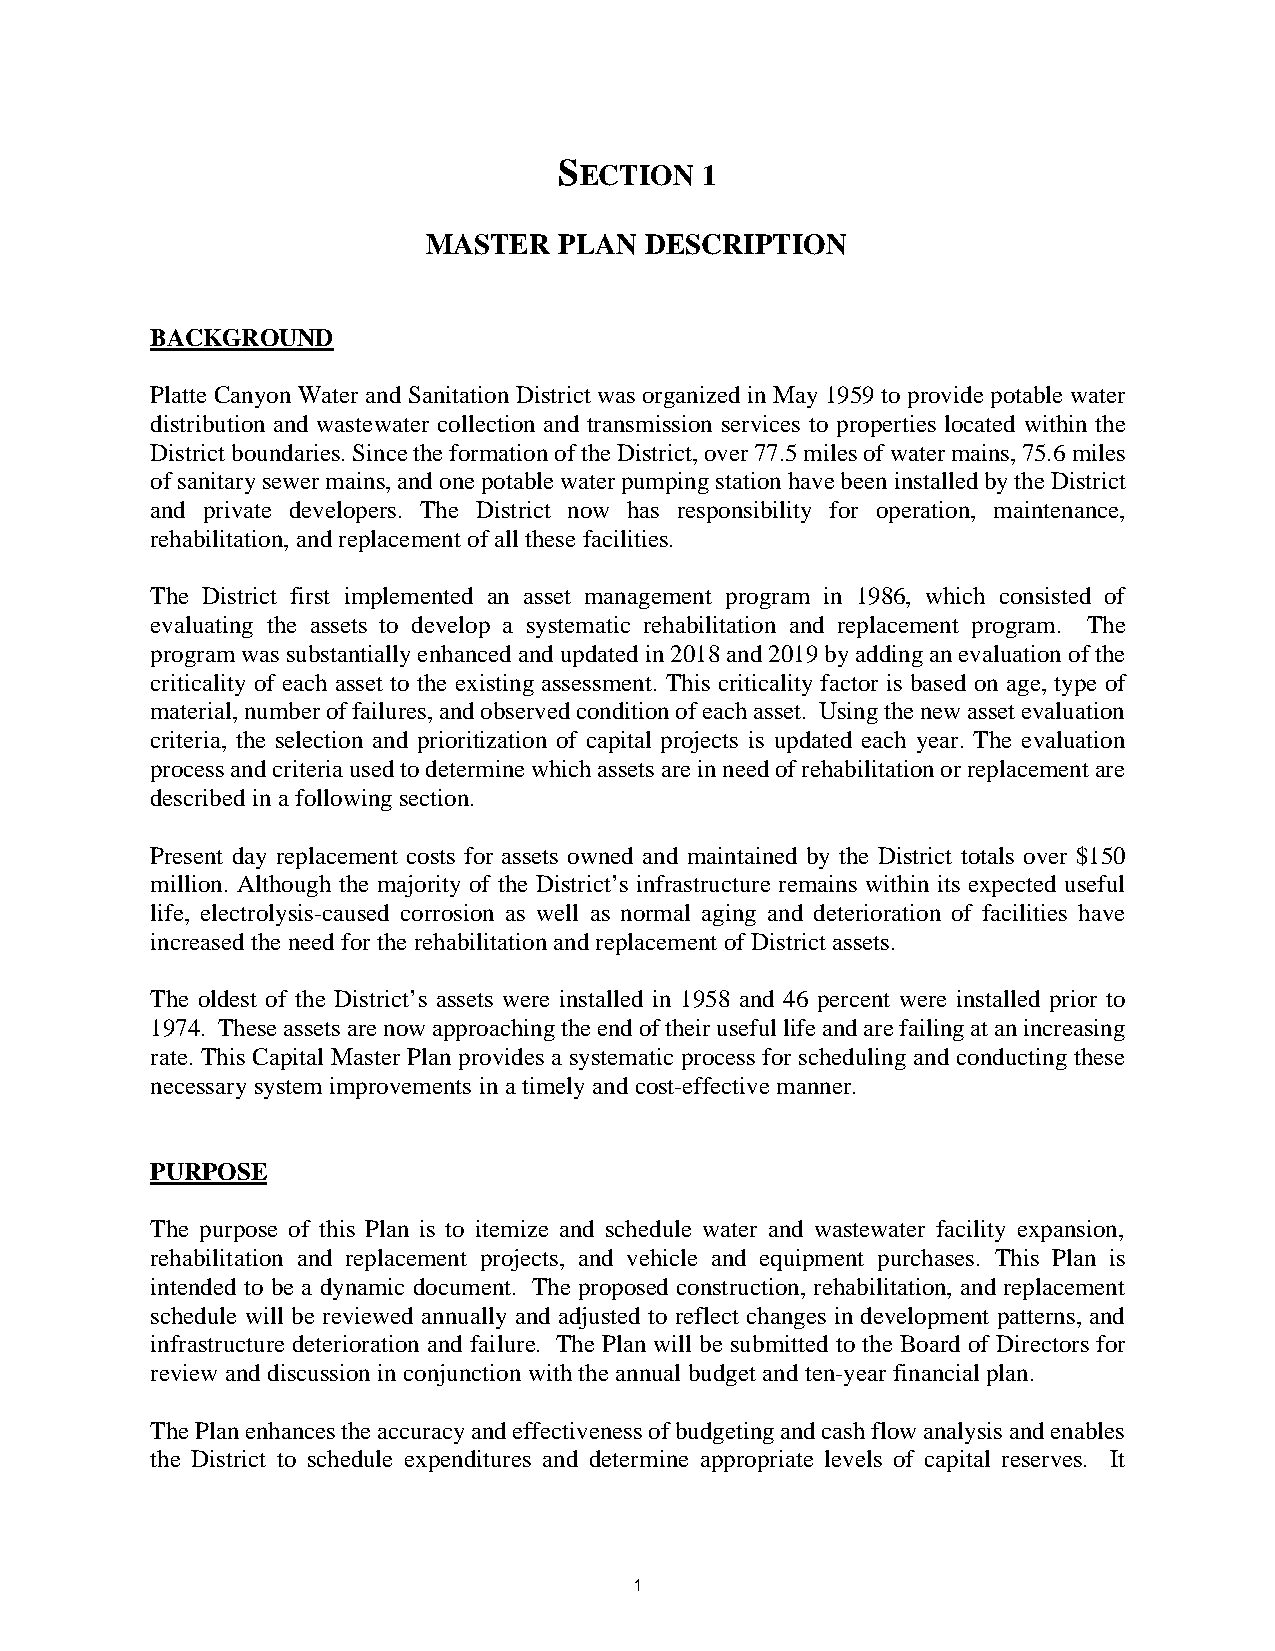
SECTION  1
 MASTER   PLAN  DESCRIPTION
 BACKGROUND
 Platte Canyon Water and Sanitation District was organized in May 1959 to provide potable water
 distribution and wastewater collection and transmission services to properties located within the
 District boundaries. Since the formation of the District, over 77.5 miles of water mains, 75.6 miles
 of sanitary sewer mains, and one potable water pumping station have been installed by the District
 and private developers. The District now has responsibility for operation, maintenance,
 rehabilitation, and replacement of all these facilities.
 The District first implemented an asset management program in 1986, which consisted of
 evaluating the assets to develop a systematic rehabilitation and replacement program. The
 program was substantially enhanced and updated in 2018 and 2019 by adding an evaluation of the
 criticality of each asset to the existing assessment. This criticality factor is based on age, type of
 material, number of failures, and observed condition of each asset. Using the new asset evaluation
 criteria, the selection and prioritization of capital projects is updated each year. The evaluation
 process and criteria used to determine which assets are in need of rehabilitation or replacement are
 described in a following section.
 Present day replacement costs for assets owned and maintained by the District totals over $150
 million. Although the majority of the District’s infrastructure remains within its expected useful
 life, electrolysis-caused corrosion as well as normal aging and deterioration of facilities have
 increased the need for the rehabilitation and replacement of District assets.
 The oldest of the District’s assets were installed in 1958 and 46 percent were installed prior to
 1974. These assets are now approaching the end of their useful life and are failing at an increasing
 rate. This Capital Master Plan provides a systematic process for scheduling and conducting these
 necessary system improvements in a timely and cost-effective manner.
 PURPOSE
 The purpose of this Plan is to itemize and schedule water and wastewater facility expansion,
 rehabilitation and replacement projects, and vehicle and equipment purchases. This Plan is
 intended to be a dynamic document. The proposed construction, rehabilitation, and replacement
 schedule will be reviewed annually and adjusted to reflect changes in development patterns, and
 infrastructure deterioration and failure. The Plan will be submitted to the Board of Directors for
 review and discussion in conjunction with the annual budget and ten-year financial plan.
 The Plan enhances the accuracy and effectiveness of budgeting and cash flow analysis and enables
 the District to schedule expenditures and determine appropriate levels of capital reserves. It
 1